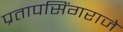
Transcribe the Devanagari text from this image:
प्रतापसिंगराजे